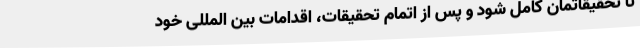
تا تحقیقاتمان کامل شود و پس از اتمام تحقیقات، اقدامات بین المللی خود